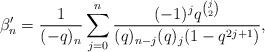
LaTeX: \begin{align*} \beta'_n = \frac{1}{(-q)_n}\sum_{j=0}^n \frac{(-1)^jq^{\binom{j}{2}}}{(q)_{n-j}(q)_{j}(1-q^{2j+1})},\end{align*}